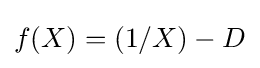
f(X)=(1/X)-D